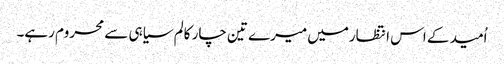
اُمید کے اس انتظارمیں میرے تین چار کالم سیاہی سے محروم رہے۔